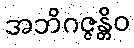
အဘိဂဇ္ဇန္တိဝ